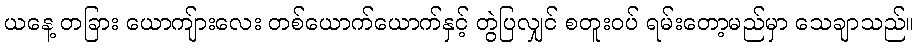
ယနေ့ တခြား ယောကျ်ားလေး တစ်ယောက်ယောက်နှင့် တွဲပြလျှင် စတူးဝပ် ရမ်းတော့မည်မှာ သေချာသည်။